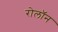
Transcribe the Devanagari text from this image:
रोलॉन